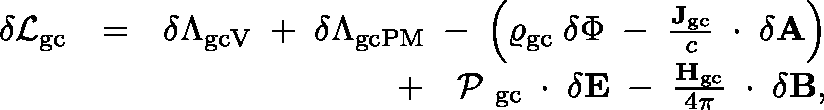
\begin{array} { r l r } { \delta { \cal L } _ { \mathrm { g c } } } & { = } & { \delta \Lambda _ { \mathrm { g c V } } \; + \; \delta \Lambda _ { \mathrm { g c P M } } \; - \; \left( \varrho _ { \mathrm { g c } } \; \delta \Phi \; - \; \frac { { \bf J } _ { \mathrm { g c } } } { c } \, \mathrm { \boldmath ~ \cdot ~ } \, \delta { \bf A } \right) } \\ & { } & { + \; \mathrm { \boldmath ~ \cal ~ P ~ } _ { \mathrm { g c } } \, \mathrm { \boldmath ~ \cdot ~ } \, \delta { \bf E } \; - \; \frac { { \bf H } _ { \mathrm { g c } } } { 4 \pi } \, \mathrm { \boldmath ~ \cdot ~ } \, \delta { \bf B } , } \end{array}